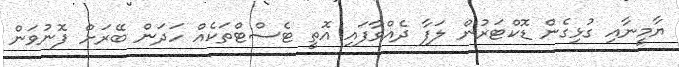
ޔާމީނާއި ގުޅިގެން ޑޮކްޓަރުން ލަފާ ދެއްވާފައި އޮތީ ޓެސްޓްތަކެއް ހަދަން ބޭރަށް ފޮނުވަން